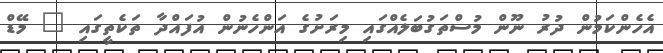
އެހެންކަމުން ދުރު ނޫން މުސްތަގުބަލެއްގައި މިރަށުގެ އަންހެނުން އުފައްދާ ތަކެތީގައި " މޭޑް